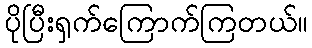
ပိုပြီးရှက်ကြောက်ကြတယ်။